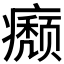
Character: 𤻊